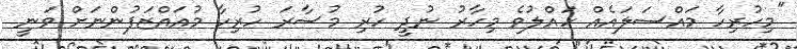
"މިހުރިހާ މައްސަލައެއް ހައްލުވެ މިހާރު ނުދީ ހުރި މުސާރަ ހުރިހާ މުއައްޒަފުންނަށް ވަނީ